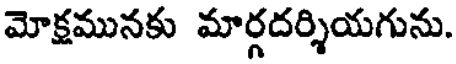
మోక్షమునకు మార్గదర్శియగును.